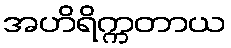
အဟိရိက္ကတာယ